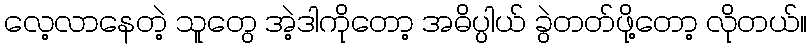
လေ့လာနေတဲ့ သူတွေ အဲ့ဒါကိုတော့ အဓိပ္ပါယ် ခွဲတတ်ဖို့တော့ လိုတယ်။